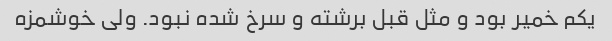
یکم خمیر بود و مثل قبل برشته و سرخ شده نبود. ولی خوشمزه